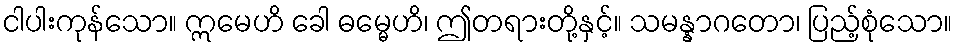
ငါပါးကုန်သော။ ဣမေဟိ ခေါ ဓမ္မေဟိ၊ ဤတရားတို့နှင့်။ သမန္နာဂတော၊ ပြည့်စုံသော။